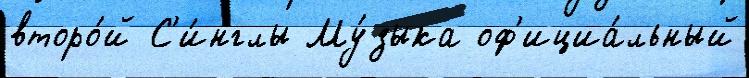
второ́й С'и́нглы Му́зыка оф'ициа́льный